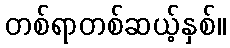
တစ်ရာတစ်ဆယ့်နှစ်။